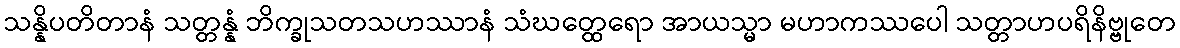
သန္နိပတိတာနံ သတ္တန္နံ ဘိက္ခုသတသဟဿာနံ သံဃတ္ထေရော အာယသ္မာ မဟာကဿပေါ သတ္တာဟပရိနိဗ္ဗုတေ